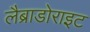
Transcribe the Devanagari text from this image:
लैब्राडोराइट